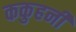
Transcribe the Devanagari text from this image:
ककुहनी